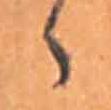
ゝ